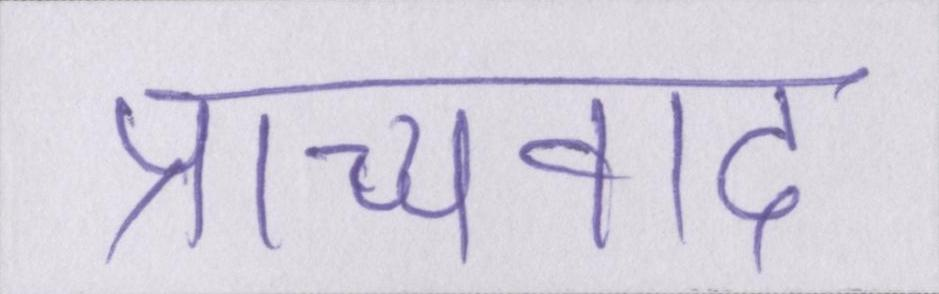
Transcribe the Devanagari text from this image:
प्राच्यवाद